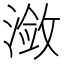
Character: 潋